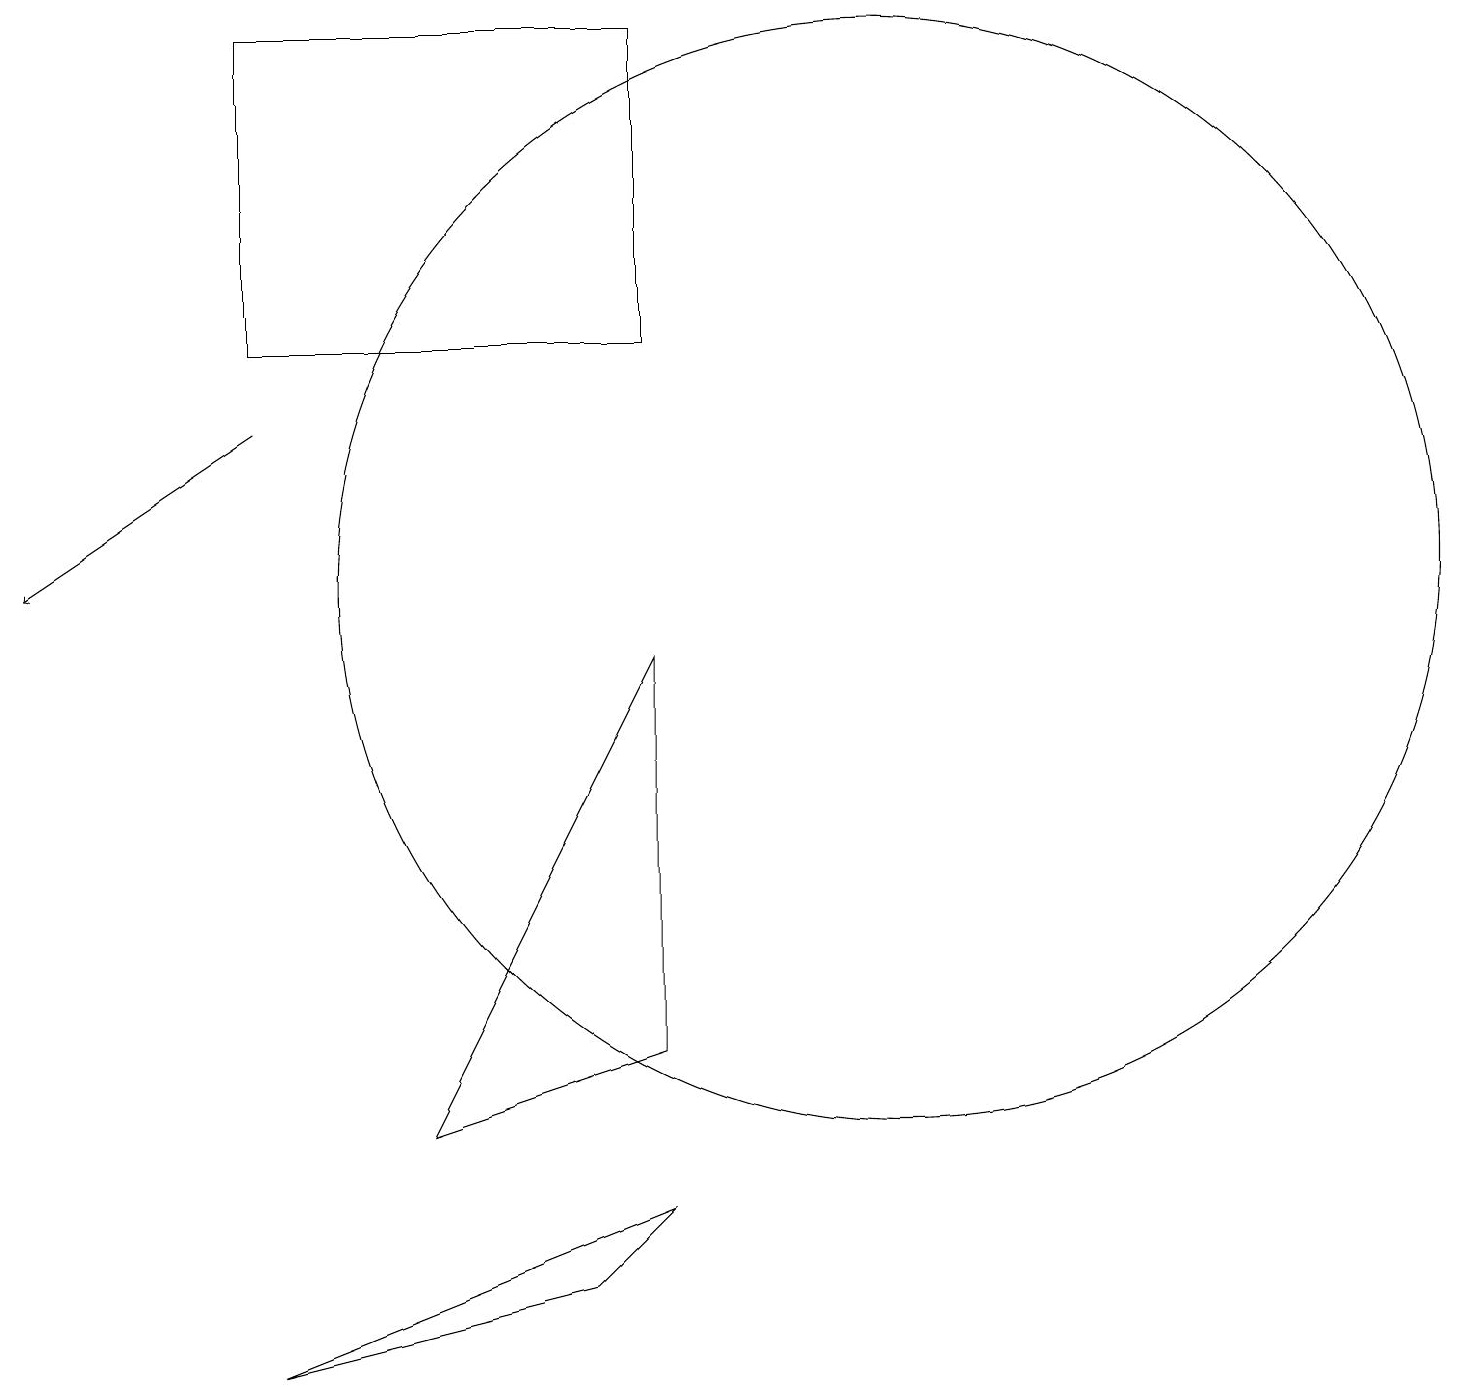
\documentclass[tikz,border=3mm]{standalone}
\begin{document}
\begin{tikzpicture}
\draw (8,13) rectangle (3,17);
\draw (7,1) -- (8,2) -- (3,0) -- cycle;
\draw (11,10) circle (7);
\draw (8,9) -- (8,4) -- (5,3) -- cycle;
\draw[->] (3,12) -- (0,10);
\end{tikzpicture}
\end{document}